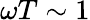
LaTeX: \omega T\sim 1